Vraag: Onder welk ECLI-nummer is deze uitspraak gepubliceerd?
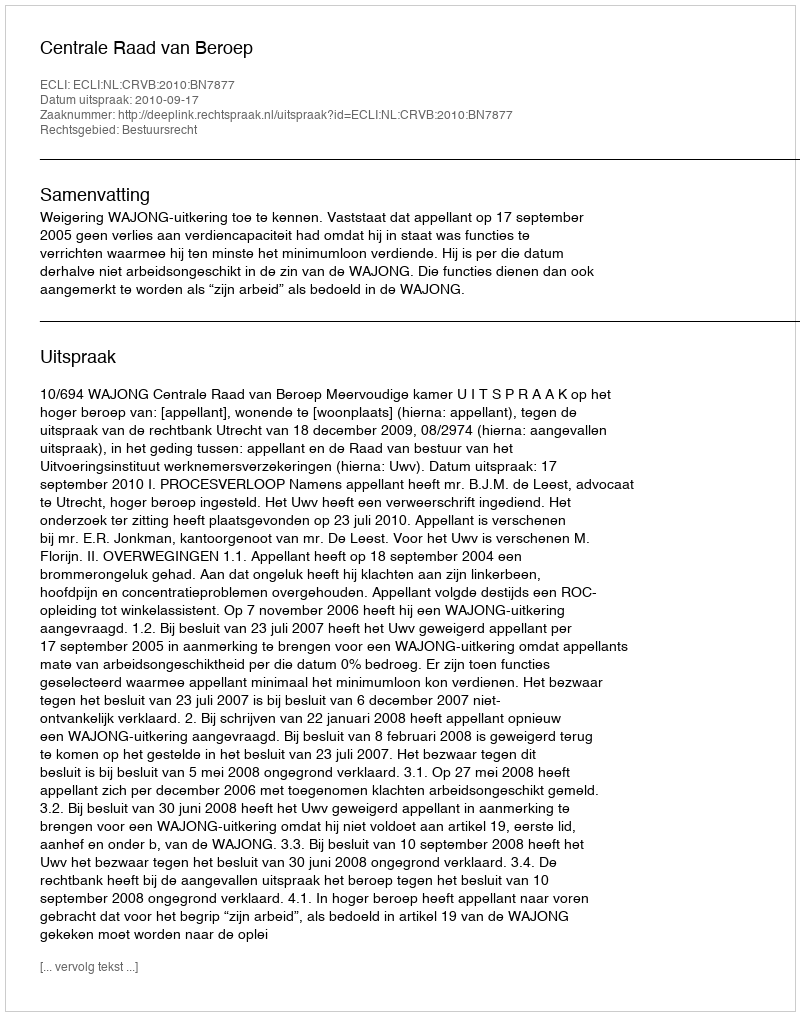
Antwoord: ECLI:NL:CRVB:2010:BN7877